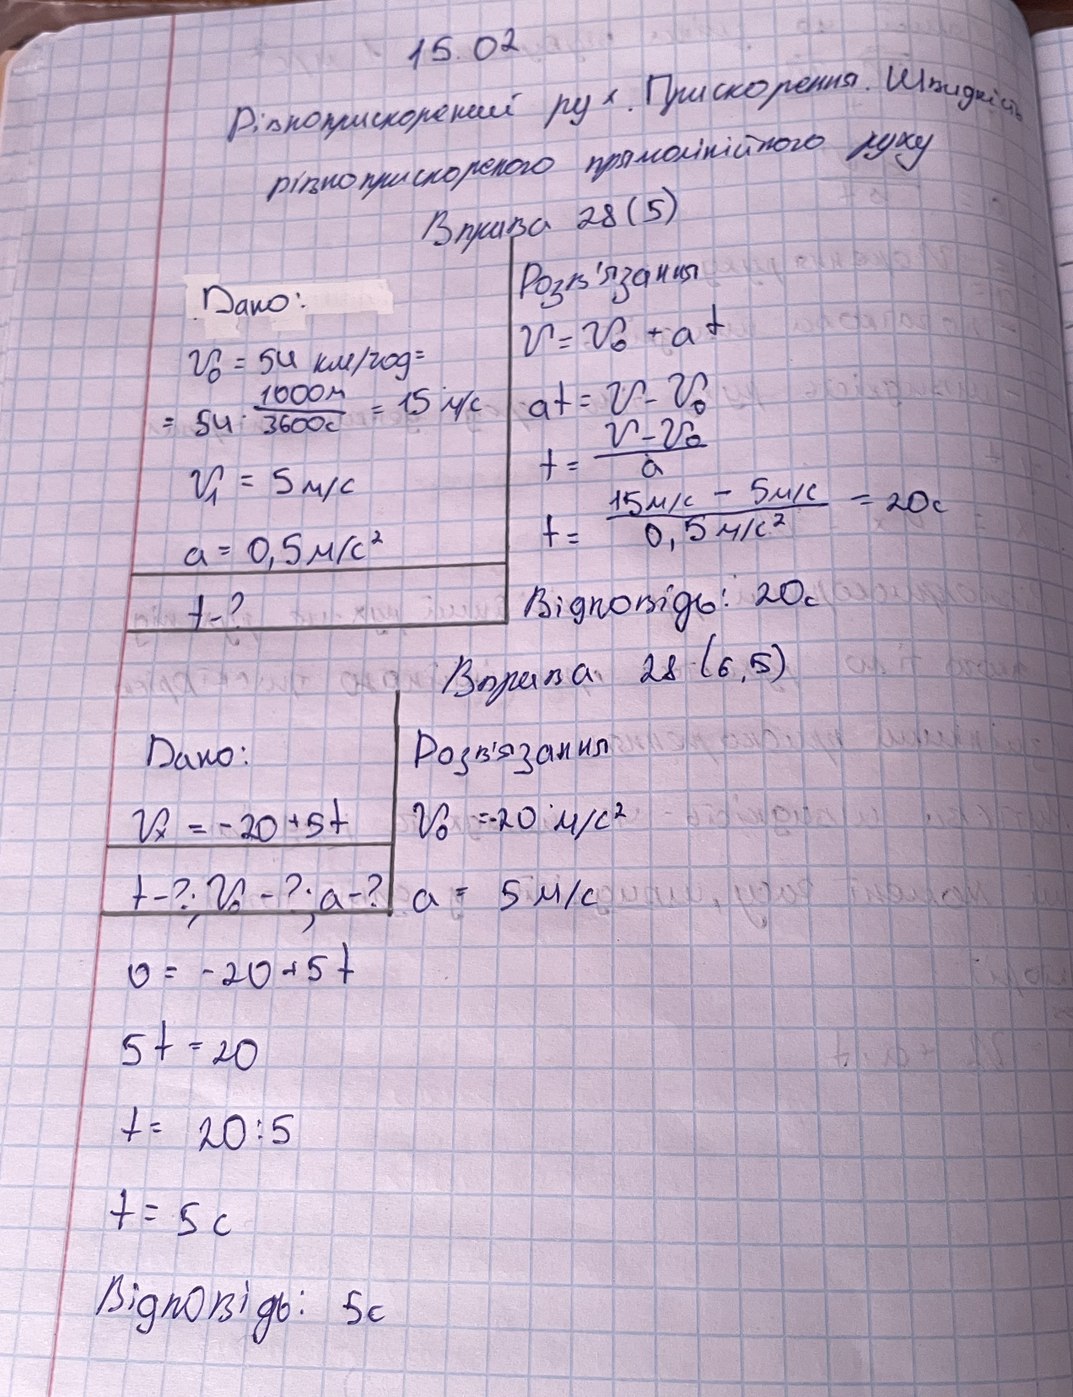
15.02
Рівноприскорений рух, .Прискорення Швидкість.
рівноприскореного прямолінійного руху
Вправа 28 (5)
Розв'язання
Дано:
v = v_0 + at
V_0 = 54 \text{ км/год} =
at = v - v_0
54 \cdot \frac{1000 \text{ м}}{3600 \text{ с}} = 15 \text{ м/с}
t = v - v_0/a
v_1 = 5 \text{ м/с}
t = \frac{15 \mu/c - 5 \mu/c}{0,5 \mu/c^2} = 20 c
a = 0,5 \mu/c^2
Bignorsigo: 20c
t - ?
Вправа 28 (6,5)
Розв'язання
Дано:
v_x = -20 + 5t
V_0 = 20 \mu / c^2
t - ?; V_0 - ?; a - ?
a = 5 m/c
о = -20 + 5t
5t = 20
t = 20 : 5
t = 5c
Відповідь: 5с